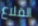
القلاع